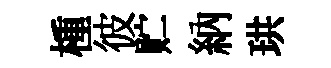
㮔彼贮納珙